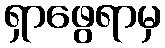
ရှာဖွေရာမှ